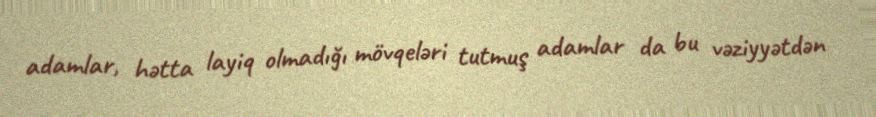
adamlar, hətta layiq olmadığı mövqeləri tutmuş adamlar da bu vəziyyətdən